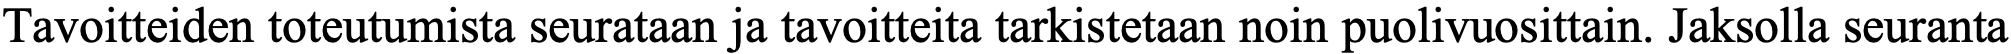
Tavoitteiden toteutumista seurataan ja tavoitteita tarkistetaan noin puolivuosittain. Jaksolla seuranta